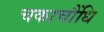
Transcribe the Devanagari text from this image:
चकाचौंधि